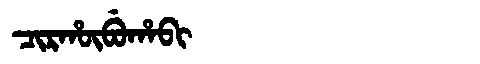
Manchu: ᠴᡳᡵᡥᡡᠪᡠᡥᠠᠪᡳ
Romanization: CIRHŪBUHABI